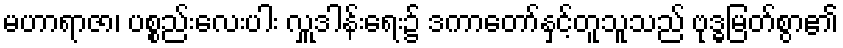
မဟာရာဇာ၊ ပစ္စည်းလေးပါး လှူဒါန်းရေး၌ ဒကာတော်နှင့်တူသူသည် ဗုဒ္ဓမြတ်စွာ၏